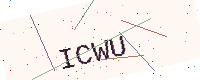
Text: ICWU